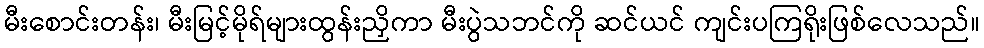
မီးစောင်းတန်း၊ မီးမြင့်မိုရ်များထွန်းညှိကာ မီးပွဲသဘင်ကို ဆင်ယင် ကျင်းပကြရိုးဖြစ်လေသည်။